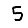
Digit: 5